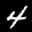
Label: 4